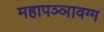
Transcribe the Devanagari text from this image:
महापञ्ञावग्ग